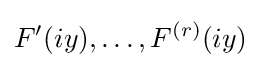
F'(iy),\ldots ,F^{(r)}(iy)